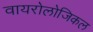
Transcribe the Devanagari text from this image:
वायरोलोजिकल